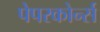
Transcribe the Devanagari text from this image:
पेपरकोर्न्स